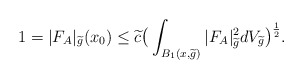
\begin{align*}1=|F_{A}|_{\widetilde{g}}(x_{0})\leq\widetilde{c}\big{(}\int_{B_{1}(x,\widetilde{g})}|F_{A}|_{\widetilde{g}}^{2}dV_{\widetilde{g}}\big{)}^{\frac{1}{2}}.\end{align*}